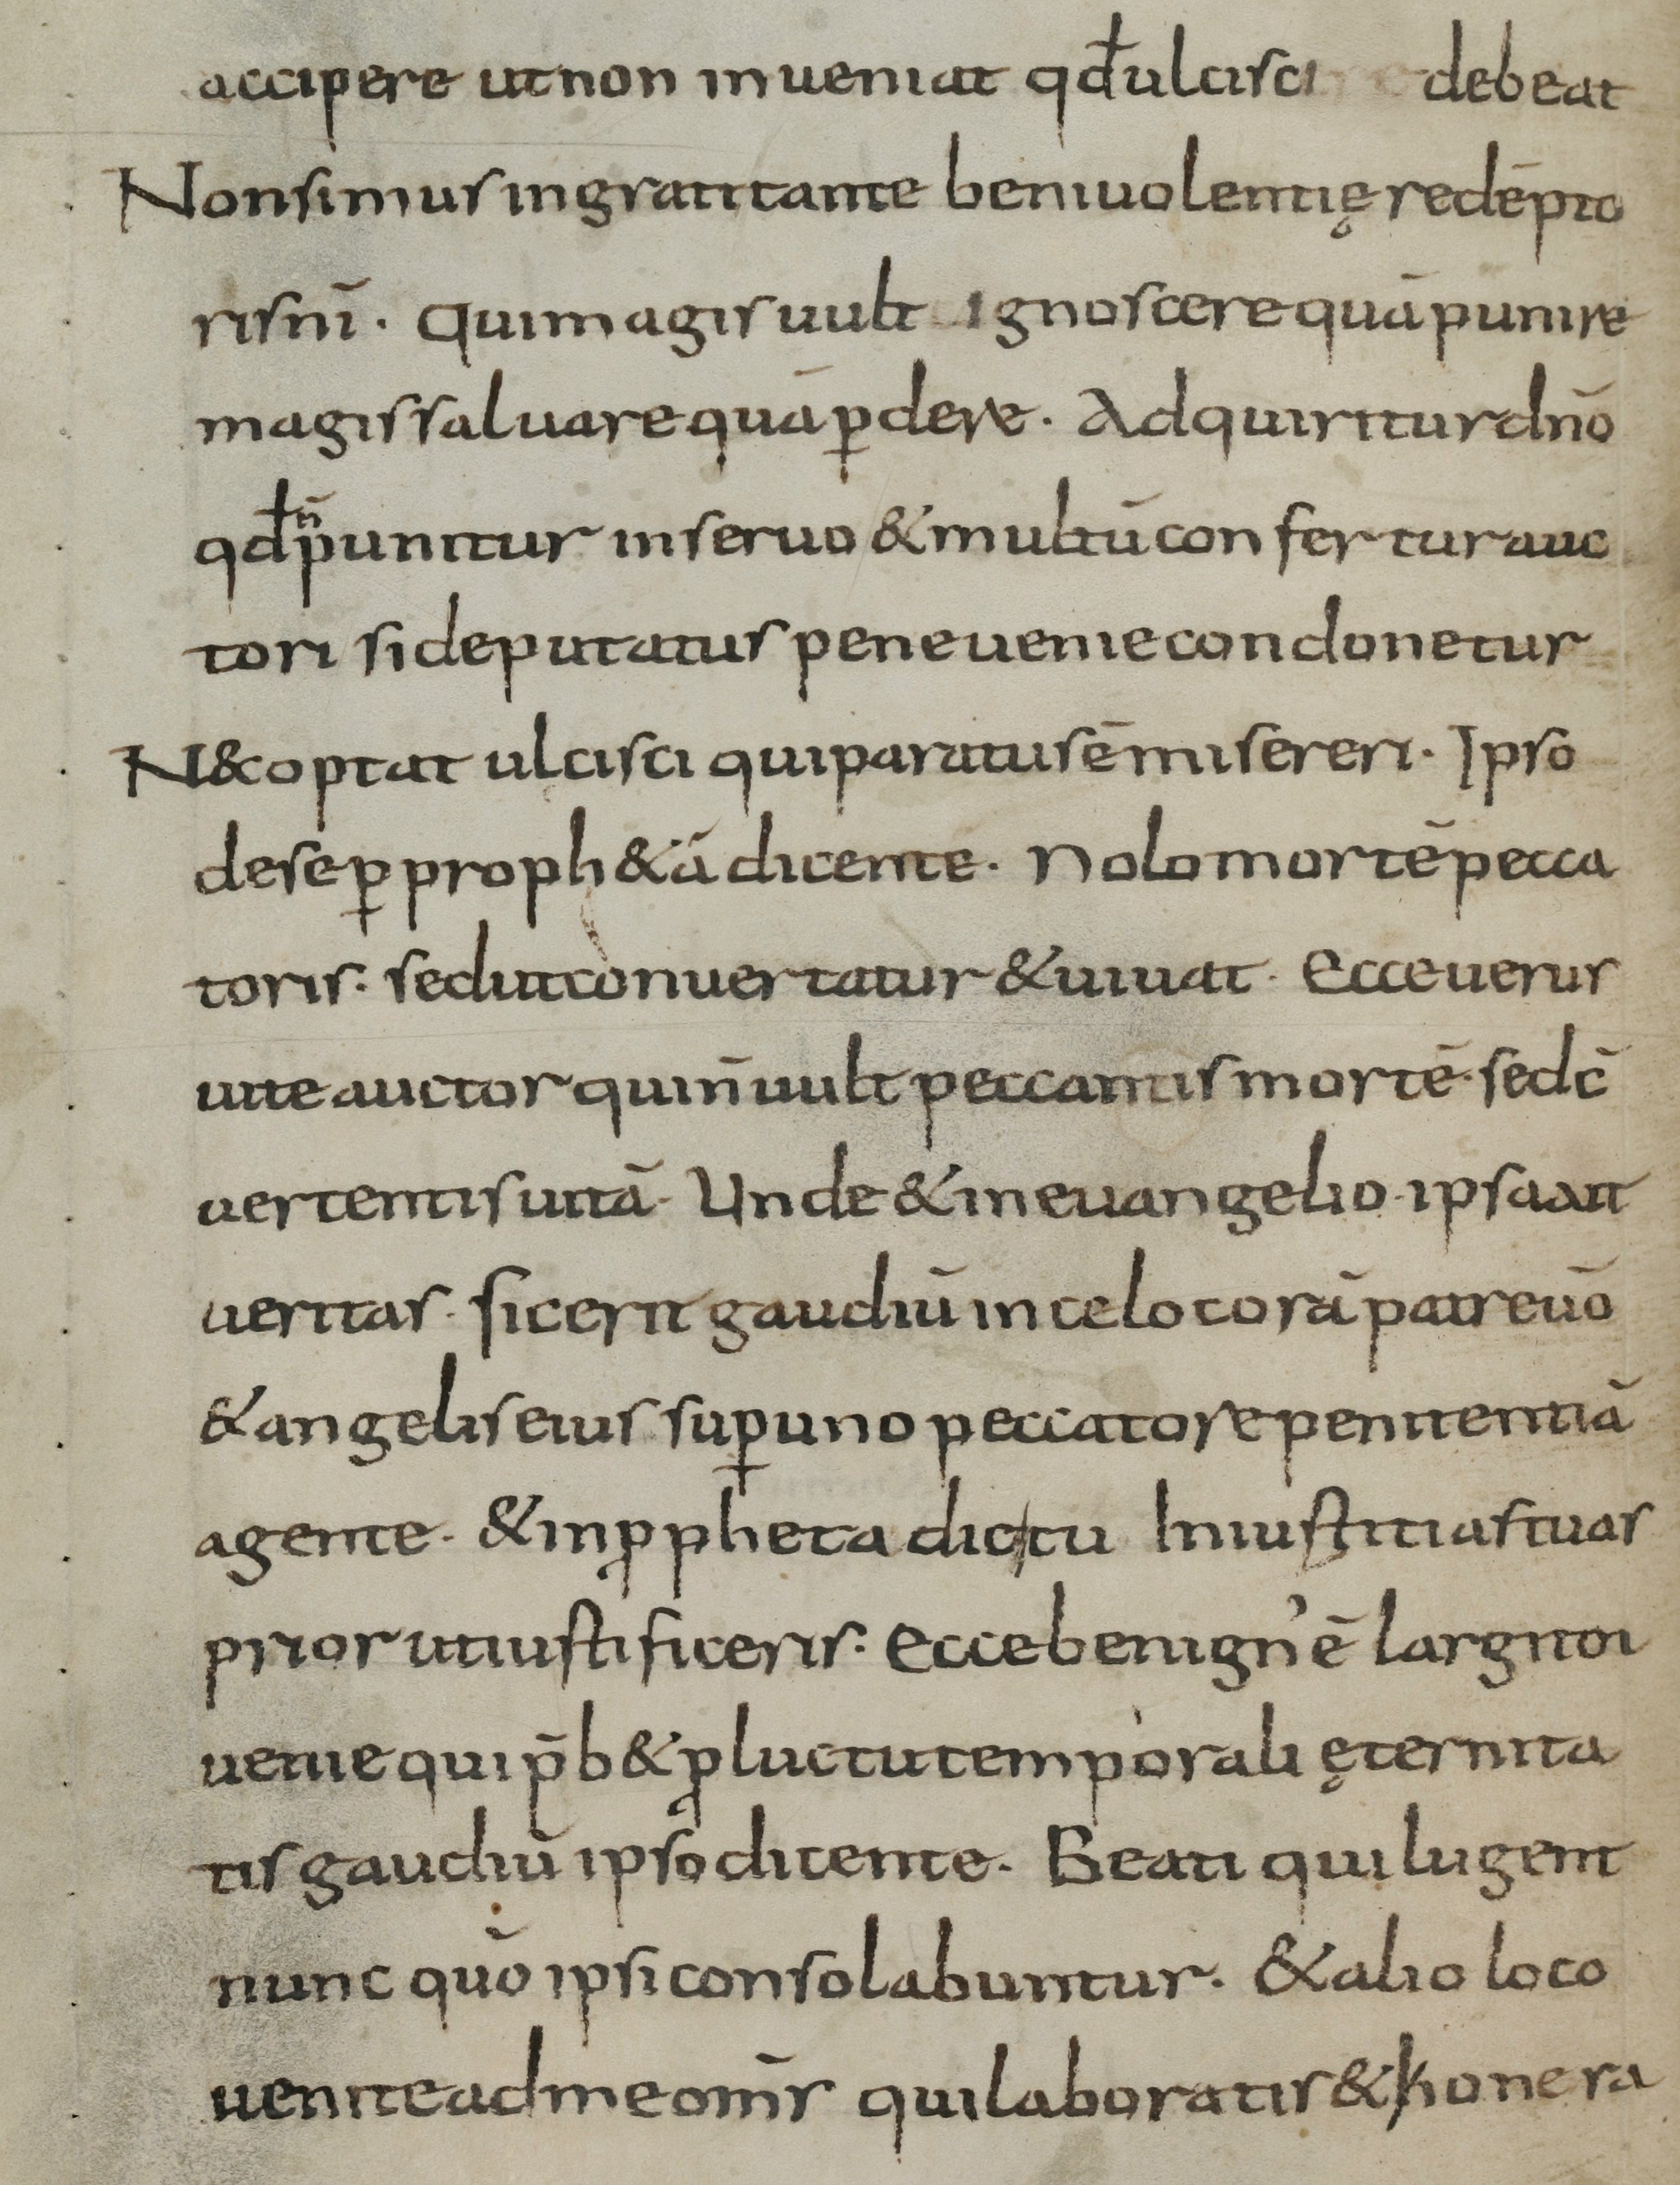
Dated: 900–999